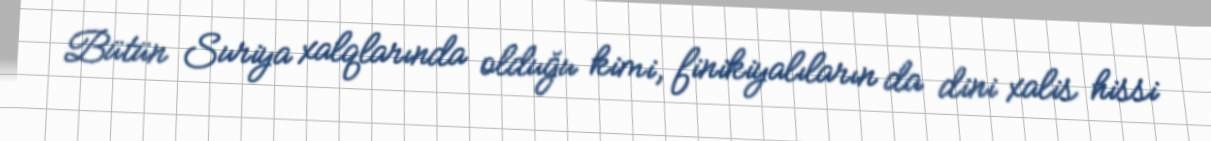
Bütün Suriya xalqlarında olduğu kimi, finikiyalıların da dini xalis hissi